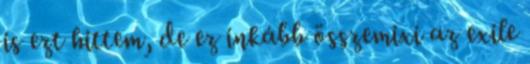
is ezt hittem, de ez inkább összemixi az exile